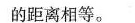
的距离相等的。